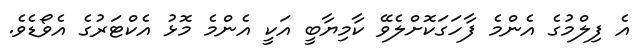
އެ ފިލްމުގެ އެންމެ ފާހަގަކޮށްލެވޭ ކާމިޔާބީ އަކީ އެންމެ މޮޅު އެކްޓަރުގެ އެވޯޑެވެ.